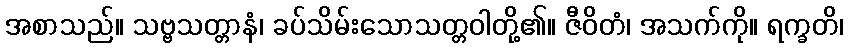
အစာသည်။ သဗ္ဗသတ္တာနံ၊ ခပ်သိမ်းသောသတ္တဝါတို့၏။ ဇီဝိတံ၊ အသက်ကို။ ရက္ခတိ၊